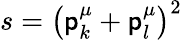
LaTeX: s=\left(\mathsf{p}_{k}^{\mu}+\mathsf{p}_{l}^{\mu}\right)^{2}